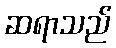
ဆရာသည်